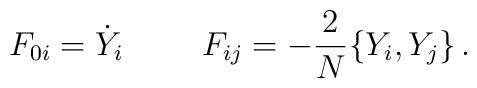
F_{0i} = \dot{Y}_i \hskip 1.0 cm F_{ij} = - {2 \over N} \{Y_i,Y_j\}\,.